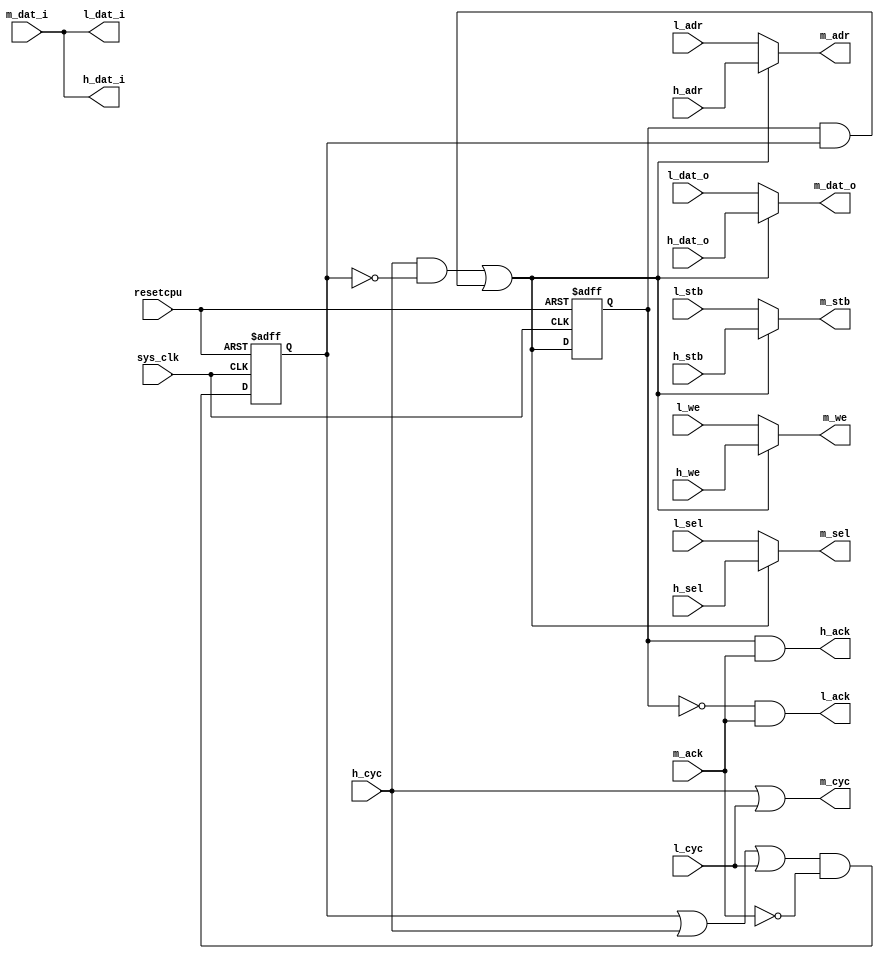
module wb_mux (sys_clk,
               resetcpu,
               h_cyc,
               h_stb,
               h_we,
               h_sel,
               h_ack,
               h_adr,
               h_dat_o,
               h_dat_i,
               l_cyc,
               l_stb,
               l_we,
               l_sel,
               l_ack,
               l_adr,
               l_dat_o,
               l_dat_i,
               m_cyc,
               m_stb,
               m_we,
               m_sel,
               m_ack,
               m_adr,
               m_dat_o,
               m_dat_i
);
input          sys_clk;
input          resetcpu;
input          h_cyc;
input          h_stb;
input          h_we;
input    [3:0] h_sel;
input   [31:0] h_adr;
input   [31:0] h_dat_o; 
output  [31:0] h_dat_i; 
output         h_ack;
input          l_cyc;
input          l_stb;
input          l_we;
input    [3:0] l_sel;
input   [31:0] l_adr;
input   [31:0] l_dat_o; 
output  [31:0] l_dat_i; 
output         l_ack;
output         m_cyc;
output         m_stb;
output         m_we;
output   [3:0] m_sel;
output  [31:0] m_adr;
output  [31:0] m_dat_o;
input   [31:0] m_dat_i;
input          m_ack;
reg            active;
reg            h_owns_bus_reg;
wire   sel_h         = (h_cyc & ~active) | (h_owns_bus_reg & active);
assign m_cyc         = h_cyc | l_cyc;
assign m_stb         = sel_h ? h_stb   : l_stb;
assign m_we          = sel_h ? h_we    : l_we;
assign m_sel         = sel_h ? h_sel   : l_sel;
assign m_adr         = sel_h ? h_adr   : l_adr;
assign m_dat_o       = sel_h ? h_dat_o : l_dat_o;
assign h_dat_i       = m_dat_i;
assign l_dat_i       = m_dat_i;
assign h_ack         =  h_owns_bus_reg & m_ack;
assign l_ack         = ~h_owns_bus_reg & m_ack;
always @(posedge sys_clk  or posedge resetcpu)
begin
  if (resetcpu == 1'b1)
  begin
    active          <= 1'b0;
    h_owns_bus_reg  <= 1'b0;
  end
  else
  begin
    active          <= (active | h_cyc | l_cyc) & ~m_ack;
    h_owns_bus_reg  <= (active & h_owns_bus_reg) | (~active & h_cyc);
  end
end
endmodule